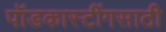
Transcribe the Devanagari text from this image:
पॉडकास्टींगसाठी